Report of the Indian Hemp Drugs Commission, 1894-1895 - Volume I
Year: 1894
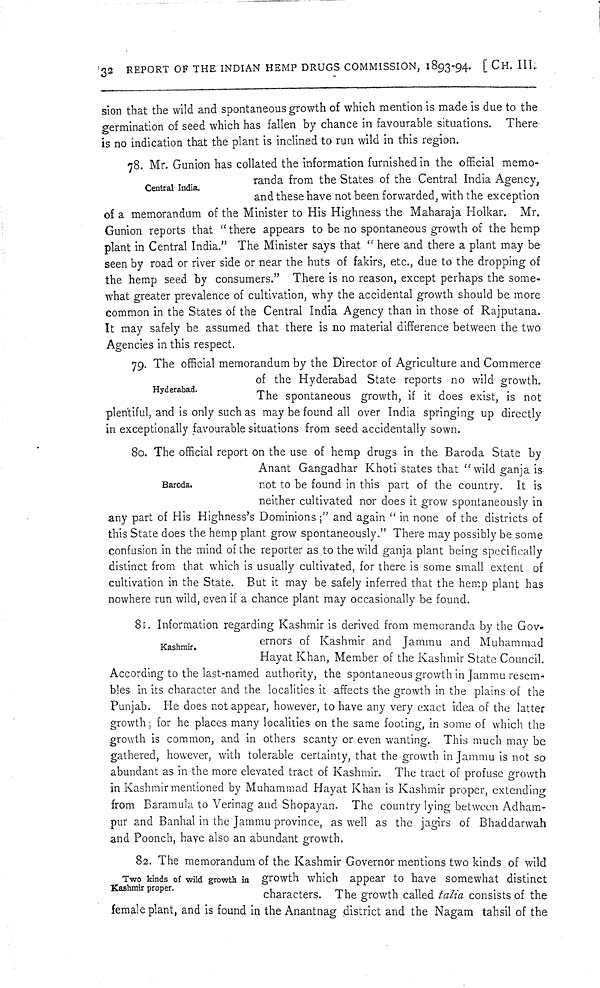
32 REPORT OF THE INDIAN HEMP DRUGS COMMISSION, 1893-94. [CH. III.
sion that the wild and spontaneous growth of which mention is made is due to the
germination of seed which has fallen by chance in favourable situations. There
is no indication that the plant is inclined to run wild in this region.
Central India.
78. Mr. Gunion has collated the information furnished in the official memo-
randa from the States of the Central India Agency,
and these have not been forwarded, with the exception
of a memorandum of the Minister to His Highness the Maharaja Holkar. Mr.
Gunion reports that "there appears to be no spontaneous growth of the hemp
plant in Central India." The Minister says that "here and there a plant may be
seen by road or river side or near the huts of fakirs, etc., due to the dropping of
the hemp seed by consumers." There is no reason, except perhaps the some-
what greater prevalence of cultivation, why the accidental growth should be more
common in the States of the Central India Agency than in those of Rajputana.
It may safely be assumed that there is no material difference between the two
Agencies in this respect.
Hyderabad.
79. The official memorandum by the Director of Agriculture and Commerce
of the Hyderabad State reports no wild growth.
The spontaneous growth, if it does exist, is not
plentiful, and is only such as may be found all over India springing up directly
in exceptionally favourable situations from seed accidentally sown.
Baroda.
80. The official report on the use of hemp drugs in the Baroda State by
Anant Gangadhar Khoti states that "wild ganja is
not to be found in this part of the country. It is
neither cultivated nor does it grow spontaneously in
any part of His Highness's Dominions;" and again "in none of the districts of
this State does the hemp plant grow spontaneously." There may possibly be some
confusion in the mind of the reporter as to the wild ganja plant being specifically
distinct from that which is usually cultivated, for there is some small extent of
cultivation in the State. But it may be safely inferred that the hemp plant has
nowhere run wild, even if a chance plant may occasionally be found.
Kashmir.
81. Information regarding Kashmir is derived from memoranda by the Gov-
ernors of Kashmir and Jammu and Muhammad
Hayat Khan, Member of the Kashmir State Council.
According to the last-named authority, the spontaneous growth in Jammu resem-
bles in its character and the localities it affects the growth in the plains of the
Punjab. He does not appear, however, to have any very exact idea of the latter
growth; for he places many localities on the same footing, in some of which the
growth is common, and in others scanty or even wanting. This much may be
gathered, however, with tolerable certainty, that the growth in Jammu is not so
abundant as in the more elevated tract of Kashmir. The tract of profuse growth
in Kashmir mentioned by Muhammad Hayat Khan is Kashmir proper, extending
from Baramula to Verinag and Shopayan. The country lying between Adham-
pur and Banhal in the Jammu province, as well as the jagirs of Bhaddarwah
and Poonch, have also an abundant growth.
Two kinds of wild growth in
Kashmir proper.
82. The memorandum of the Kashmir Governor mentions two kinds of wild
growth which appear to have somewhat distinct
characters. The growth called talia consists of the
female plant, and is found in the Anantnag district and the Nagam tahsil of the